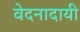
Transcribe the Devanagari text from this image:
वेदनादायी